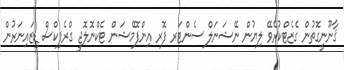
ޤާނޫނީގޮތުން ގެޒެޓްކުރެވޭ ލިޔުން ނޭޝަނަލް ސެންޓަރ ފޮރ އިންފޮމޭޝަން ޓެކްނޮލޮޖީ ގްރެފިކްސް ޑިޒައިނަރުން